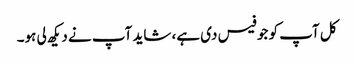
کل آپ کو جو فیس دی ہے، شاید آپ نے دیکھ لی ہو۔